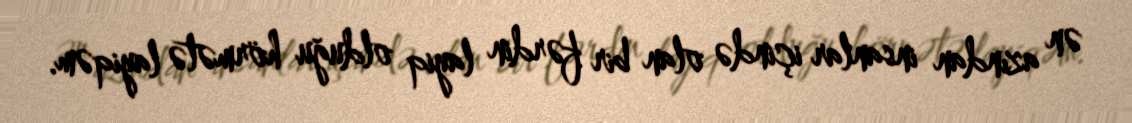
ən azından insanlar içində olan bir fərdin layiq olduğu hörmətə layiqəm.